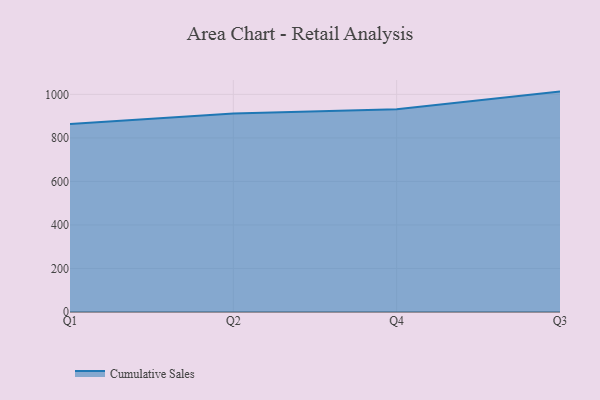
{"axis": {"x": "Quarter", "y": "Satisfaction Score"}, "legend": ["Cumulative Sales"], "data": [{"x": "Q1", "y": 863.4, "type": "Cumulative Sales"}, {"x": "Q2", "y": 912.2, "type": "Cumulative Sales"}, {"x": "Q4", "y": 931.7, "type": "Cumulative Sales"}, {"x": "Q3", "y": 1012.8, "type": "Cumulative Sales"}]}